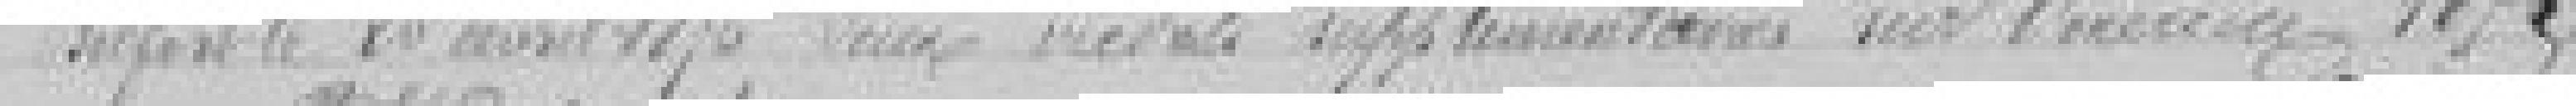
Belfort le 20 avril 1875           deux crédits supplémentaires sur l'exercice 1875